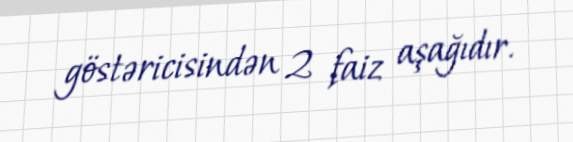
göstəricisindən 2 faiz aşağıdır.